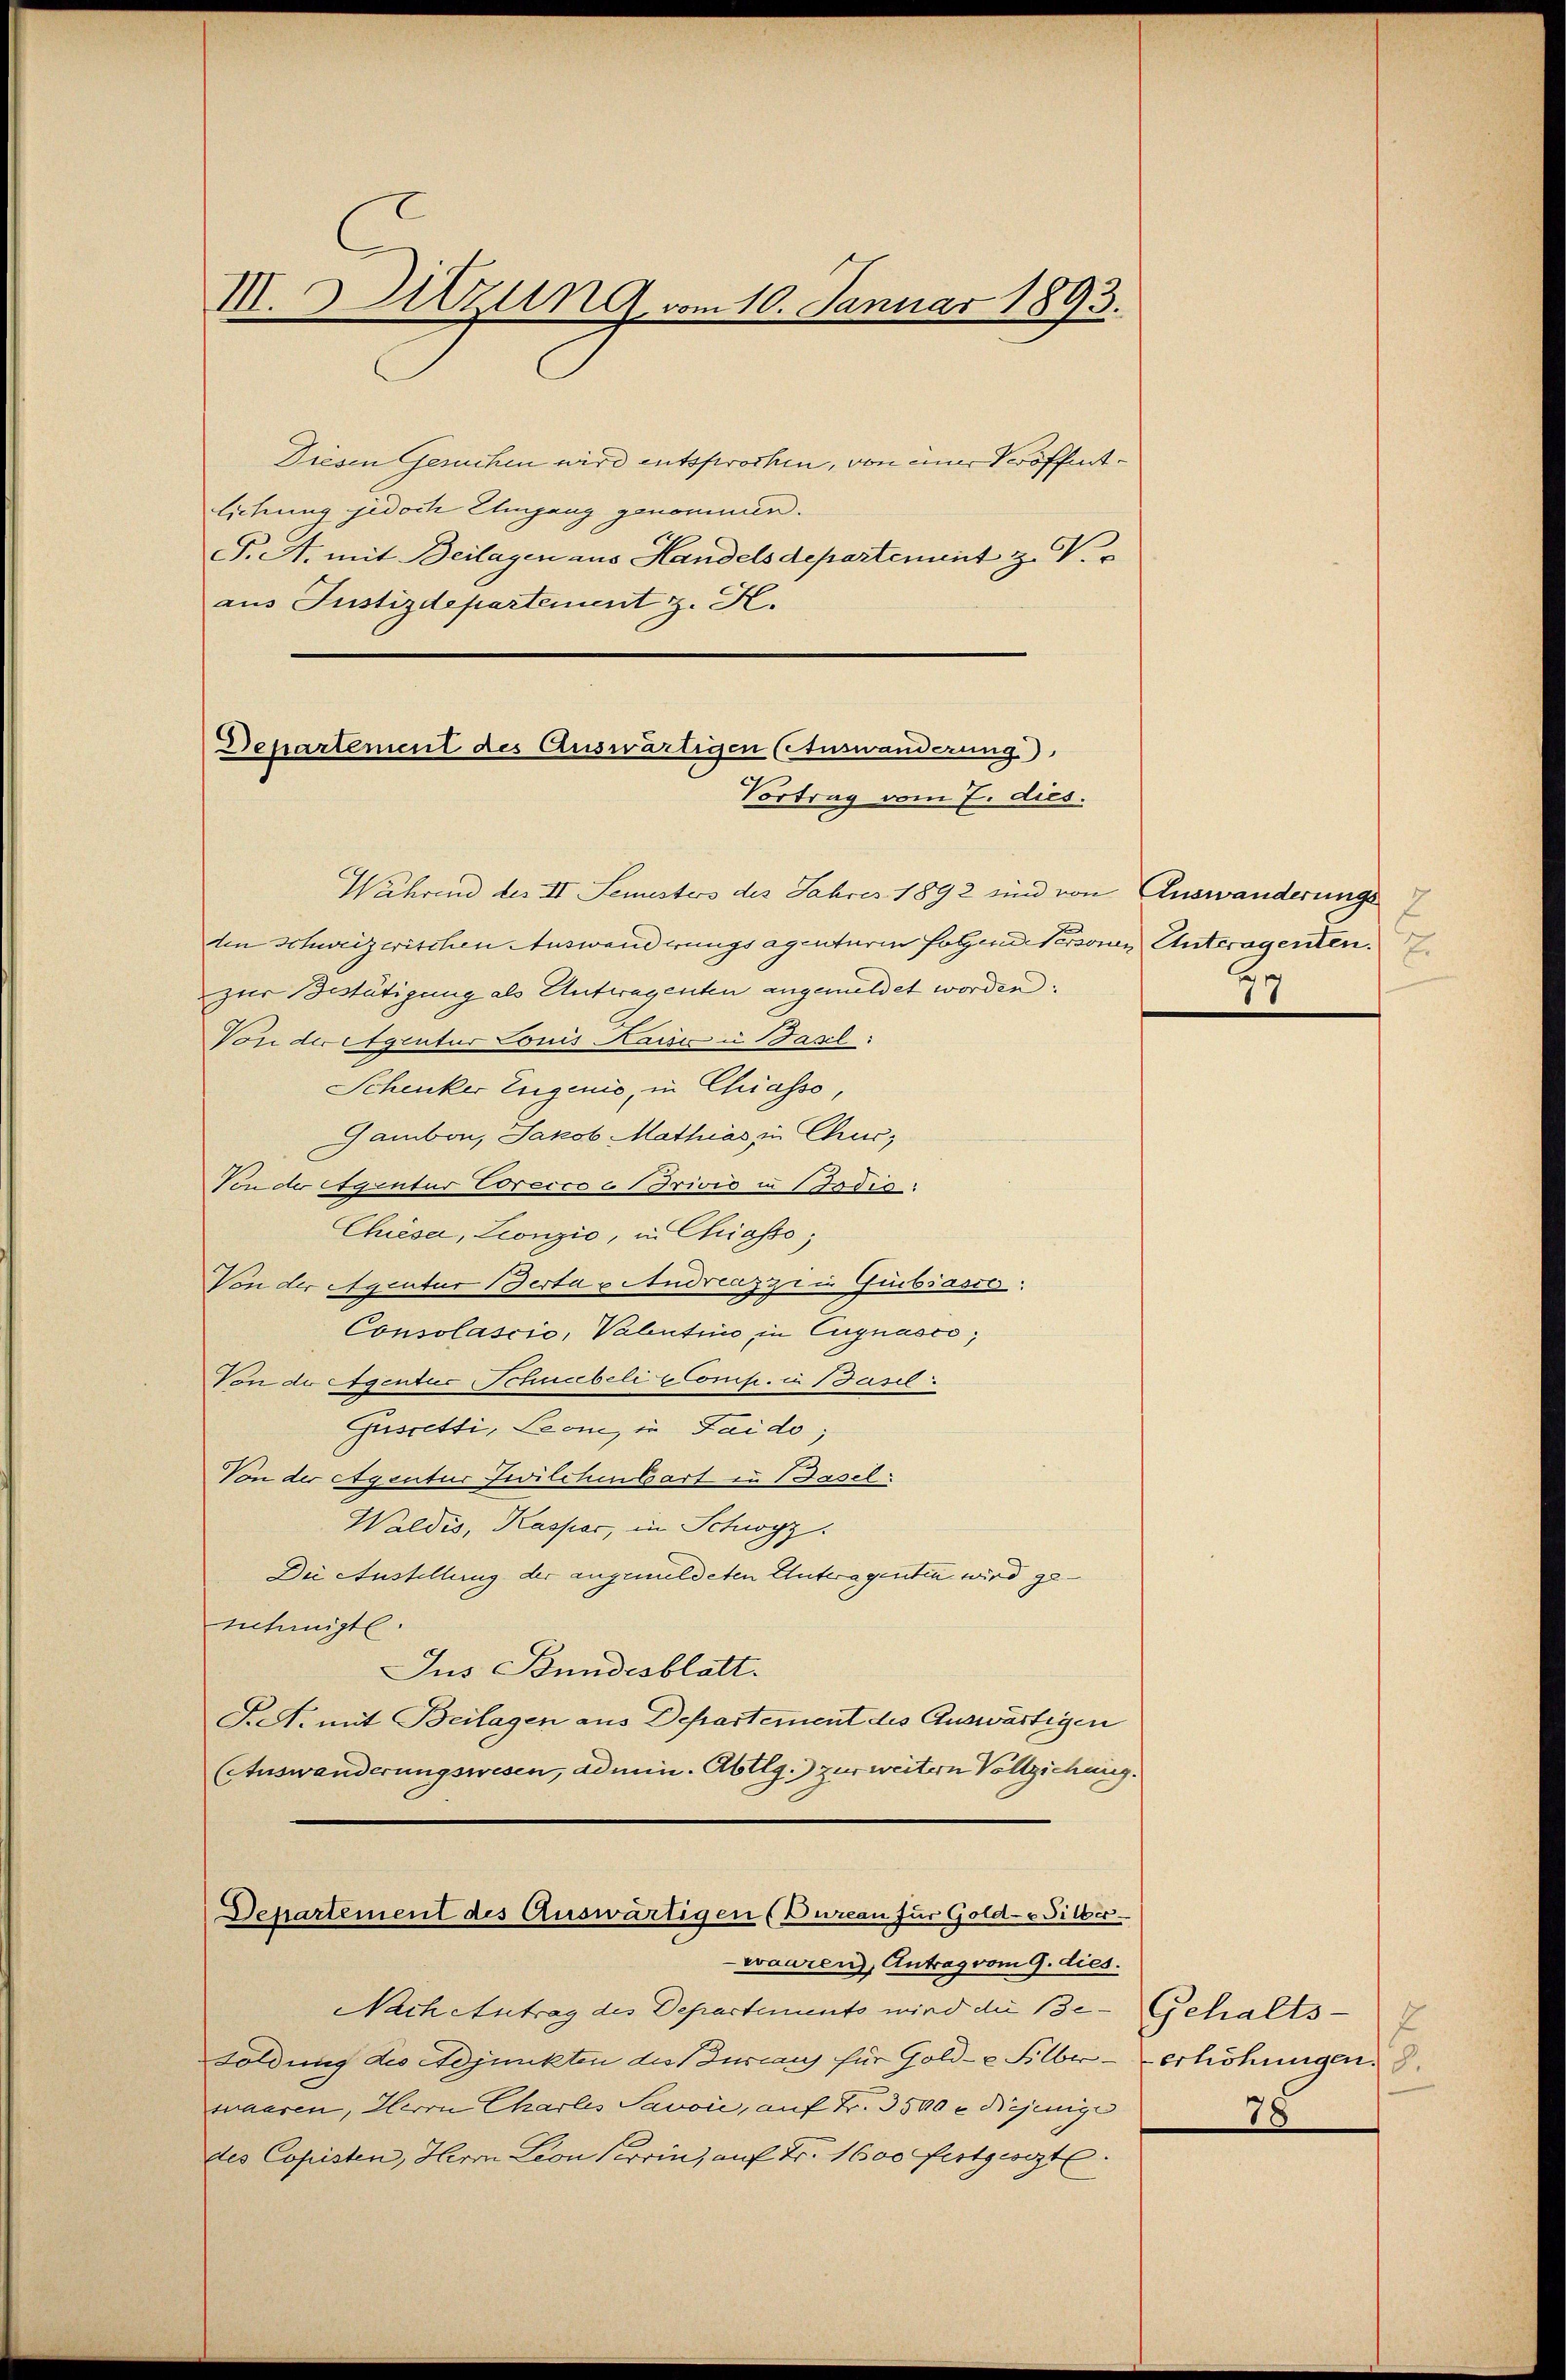
III. Sitzung vom 10. Januar 1893.

Diesen Gesuchen wird entsprochen, von einer Veröffentlichung jedoch Umgang genommen.
F. A. mit Beilagen aus Handels departement z. V.
aus Justizdepartement z. H.

Departement des Auswärtigen (Auswanderung)
Vortrag vom 7. dies.

Während des II. Semesters des Jahres 1892 sind von Auswanderungs
den Schweizerischen Auswanderungsagenturin folgende Personen Antragenten.
zur Bestätigung als Antragenten angemeldet worden.
Von der Agentur Louis Kaise u Basel:
Schenker Eigenić, in Chiasso,
Gambon, Jakob Mathias in Chur,
Von der Santur Corecco o Trivis i (odio:
Chiesa, Leonzio, in Chiasso,
Von der Agentur Berta vendreazzii Guibsasse:
Consolascio, Valentin, in Eugnasco,
Von der Agentur Schneebeli CComp. in Basel
Guscetti, Leon, in Faido;
Von der Agentur Zwilchenbart in Basel.
Waldis, Kaspar, in Schwyz.
Die Austellung der angemeldeten Antwagenten wird genehmigt.
Jus Bundesblatt.
S.S. mit Beilagen aus Departement des Auswärtigen
(Auswanderungswesen, admin. Abtlg.) zur weitern Vollziehung.
Departement des Auswärtigen (Dureau für Gold- & Silber
waaren, Antrag vom 9. dies.

Nach Antrag des Departements wird die Be- Gehalts-
Foldung des Adjunkten des suranz für Gold- & Silber - erhöhungen.
waaren, Herrn Charlis Savoie, auf Fr. 3500 c. diejenige
des Copisten, Herrn Leon Terrin, auf Fr. 1600 festgeset

27

78